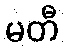
မတီ